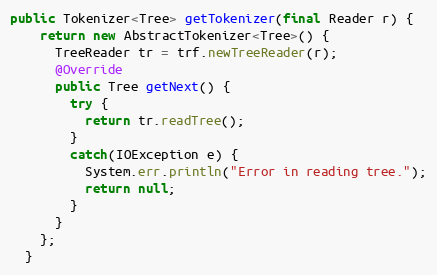
Language: Java
public Tokenizer<Tree> getTokenizer(final Reader r) {
    return new AbstractTokenizer<Tree>() {
      TreeReader tr = trf.newTreeReader(r);
      @Override
      public Tree getNext() {
        try {
          return tr.readTree();
        }
        catch(IOException e) {
          System.err.println("Error in reading tree.");
          return null;
        }
      }
    };
  }